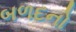
બળદનો